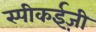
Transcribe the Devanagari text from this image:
स्पीकईज़ी